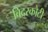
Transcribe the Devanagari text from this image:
बिदरकोटी